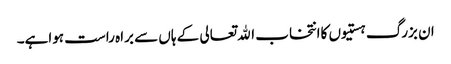
ان بزرگ ہستیوں کاانتخاب اﷲتعالی کے ہاں سے براہ راست ہواہے۔